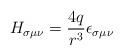
LaTeX: \begin{align*}H_{\sigma\mu\nu} = \frac{4q}{r^3} \epsilon_{\sigma\mu\nu}\end{align*}